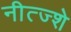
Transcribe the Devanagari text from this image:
नीत्ज्शे